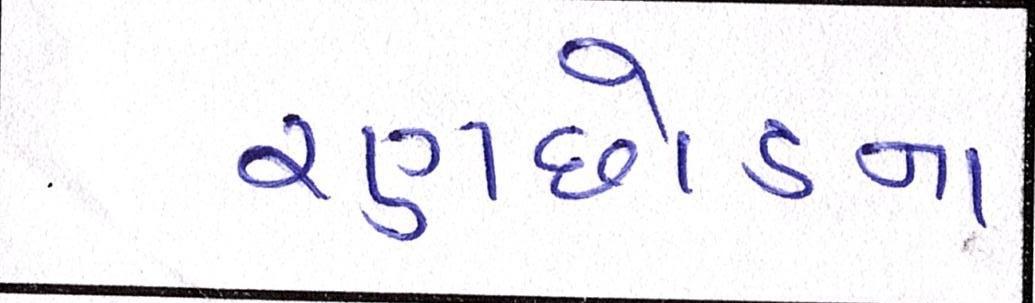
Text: રણછોડના